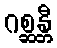
ဂစ္ဆန္တီ